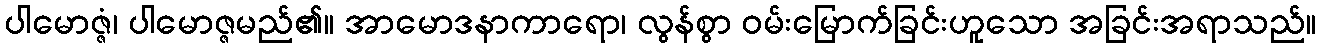
ပါမောဇ္ဇံ၊ ပါမောဇ္ဇမည်၏။ အာမောဒနာကာရော၊ လွန်စွာ ဝမ်းမြောက်ခြင်းဟူသော အခြင်းအရာသည်။